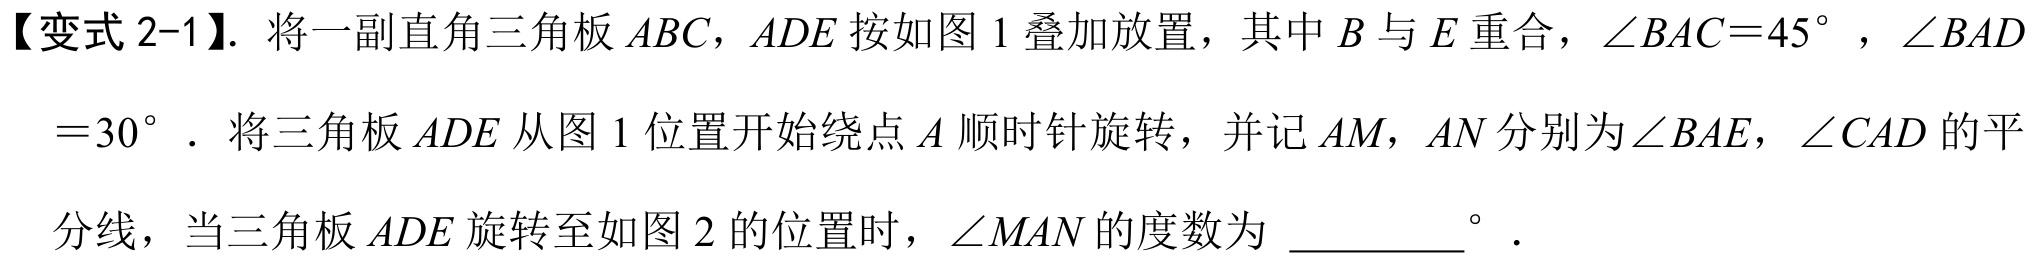
【变式 2-1】. 将一副直角三角板 \(ABC\)，\(ADE\) 按如图 1 叠加放置，其中 \(B\) 与 \(E\) 重合，\(\angle BAC = 45^{\circ}\) ，\(\angle BAD\)
\(= 30^{\circ}\)．将三角板 \(ADE\) 从图 1 位置开始绕点 \(A\) 顺时针旋转，并记 \(AM\)，\(AN\) 分别为\(\angle BAE\)，\(\angle CAD\) 的平
分线，当三角板 \(ADE\) 旋转至如图 2 的位置时，\(\angle MAN\) 的度数为 ________\(^{\circ}\)．